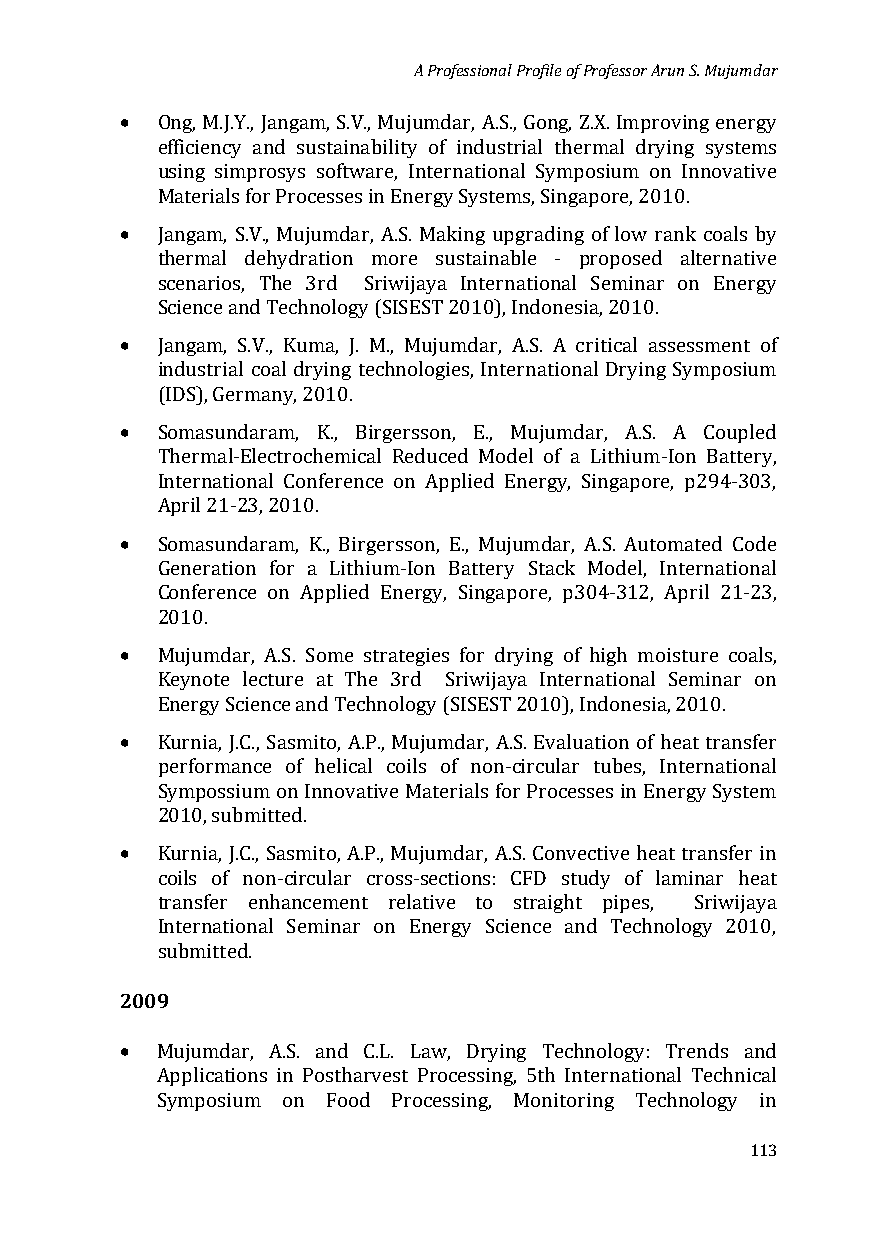
A Professional Profile of Professor Arun S. Mujumdar
 •
 Ong, M.J.Y., Jangam, S.V., Mujumdar, A.S., Gong, Z.X. Improving energy
 efficiency and sustainability of industrial thermal drying systems
 using simprosys software, International Symposium on Innovative
 •
 Materials for Processes in Energy Systems, Singapore, 2010.
 Jangam, S.V., Mujumdar, A.S. Making upgrading of low rank coals by
 thermal dehydration more sustainable - proposed alternative
 scenarios, The 3rd Sriwijaya International Seminar on Energy
 •
 Science and Technology (SISEST 2010), Indonesia, 2010.
 Jangam, S.V., Kuma, J. M., Mujumdar, A.S. A critical assessment of
 industrial coal drying technologies, International Drying Symposium
 •
 (IDS), Germany, 2010.
 Somasundaram, K., Birgersson, E., Mujumdar, A.S. A Coupled
 Thermal-Electrochemical Reduced Model of a Lithium-Ion Battery,
 International Conference on Applied Energy, Singapore, p294-303,
 •
 April 21-23, 2010.
 Somasundaram, K., Birgersson, E., Mujumdar, A.S. Automated Code
 Generation for a Lithium-Ion Battery Stack Model, International
 Conference on Applied Energy, Singapore, p304-312, April 21-23,
 •
 2010.
 Mujumdar, A.S. Some strategies for drying of high moisture coals,
 Keynote lecture at The 3rd Sriwijaya International Seminar on
 •
 Energy Science and Technology (SISEST 2010), Indonesia, 2010.
 Kurnia, J.C., Sasmito, A.P., Mujumdar, A.S. Evaluation of heat transfer
 performance of helical coils of non-circular tubes, International
 Sympossium on Innovative Materials for Processes in Energy System
 •
 2010, submitted.
 Kurnia, J.C., Sasmito, A.P., Mujumdar, A.S. Convective heat transfer in
 coils of non-circular cross-sections: CFD study of laminar heat
 transfer enhancement relative to straight pipes, Sriwijaya
 International Seminar on Energy Science and Technology 2010,
 2009su bmitted.
 •
 Mujumdar, A.S. and C.L. Law, Drying Technology: Trends and
 Applications in Postharvest Processing, 5th International Technical
 Symposium on Food Processing, Monitoring Technology in
 113